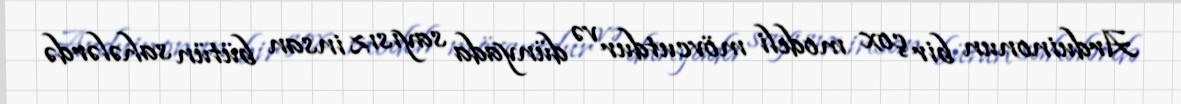
Arduinonun bir çox modeli mövcutdur və dünyada sayısız insan bütün sahələrdə